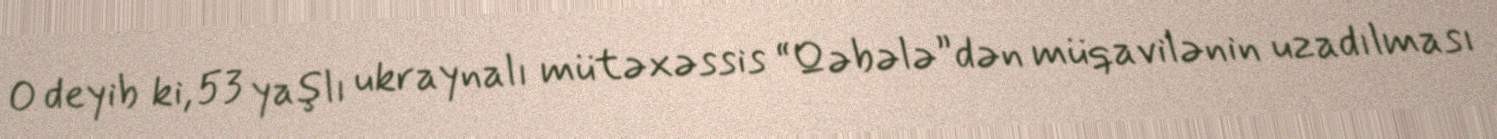
O deyib ki, 53 yaşlı ukraynalı mütəxəssis “Qəbələ”dən müqavilənin uzadılması